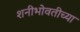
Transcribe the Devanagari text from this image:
शनीभोवतीच्या